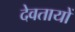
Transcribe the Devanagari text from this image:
देवतायों